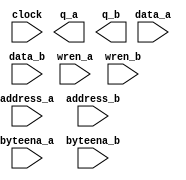
module RAM8192x32_2RW (
	address_a,
	address_b,
	byteena_a,
	byteena_b,
	clock,
	data_a,
	data_b,
	wren_a,
	wren_b,
	q_a,
	q_b);
	input	[12:0]  address_a;
	input	[12:0]  address_b;
	input	[3:0]  byteena_a;
	input	[3:0]  byteena_b;
	input	  clock;
	input	[31:0]  data_a;
	input	[31:0]  data_b;
	input	  wren_a;
	input	  wren_b;
	output	[31:0]  q_a;
	output	[31:0]  q_b;
`ifndef ALTERA_RESERVED_QIS
// synopsys translate_off
`endif
	tri1	[3:0]  byteena_a;
	tri1	[3:0]  byteena_b;
	tri1	  clock;
	tri0	  wren_a;
	tri0	  wren_b;
`ifndef ALTERA_RESERVED_QIS
// synopsys translate_on
`endif
endmodule